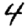
Digit: 4